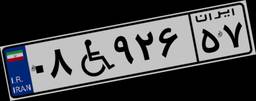
۲۳W۸۴۳۶۲